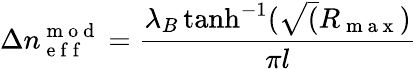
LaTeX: \Delta n_{\mathrm{~e~f~f~}}^{\mathrm{~m~o~d~}}=\frac{\lambda_{B}\operatorname{tanh}^{-1}(\sqrt(R_{\mathrm{~m~a~x~}})}{\pi l}